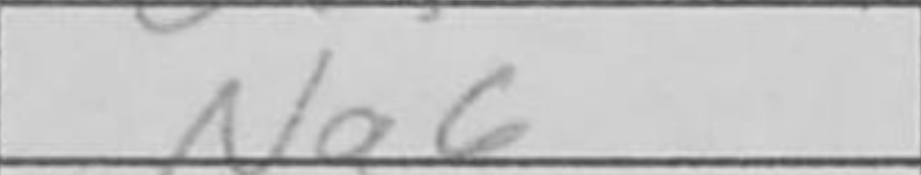
Transcription: Na6